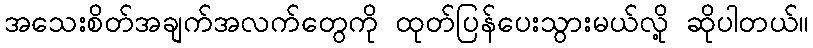
အသေးစိတ်အချက်အလက်တွေကို ထုတ်ပြန်ပေးသွားမယ်လို့ ဆိုပါတယ်။